Plague in India, 1896, 1897 - Volume 2
Year: 1896
Disease focus: Plague
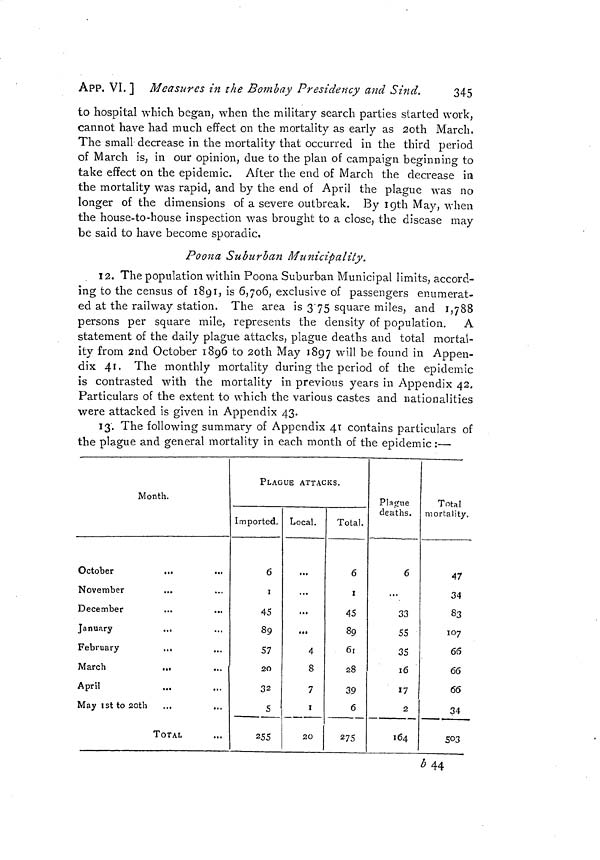
APP. VI. ] Measures in the Bombay Presidency and Sind.
345
to hospital which began, when the military search parties started work,
cannot have had much effect on the mortality as early as 2oth March,
The small decrease in the mortality that occurred in the third period
of March is, in our opinion, due to the plan of campaign beginning to
take effect on the epidemic. After the end of March the decrease in
the mortality was rapid, and by the end of April the plague was no
longer of the dimensions of a severe outbreak. By 19th May, when
the house-to-house inspection was brought to a close, the disease may
be said to have become sporadic.
Poona Suburban Municipality.
12. The population within Poona Suburban Municipal limits, accord-
ing to the census of 1891, is 6,706, exclusive of passengers enumerat-
ed at the railway station. The area is 3.75 square miles, and 1,788
persons per square mile, represents the density of population. A
statement of the daily plague attacks, plague deaths and total mortal-
ity from 2nd October 1896 to 20th May 1897 will be found in Appen-
dix 41. The monthly mortality during the period of the epidemic
is contrasted with the mortality in previous years in Appendix 42.
Particulars of the extent to which the various castes and nationalities
were attacked is given in Appendix 43.
13. The following summary of Appendix 41 contains particulars of
the plague and general mortality in each month of the epidemic :—
Month.
October
...
•..
November
December
January
February
...
March
.,,
April
May 1st to20th
TOTAL
PLAGUE ATTACKS.
Imported.
6
1
45
89
57
20
32
5
255
Local.
...
...
...
4
8
7
1
20
Total.
6
z
45
89
61
28
39
6
275
Plague
deaths.
6
...
33
55
35
16
17
2
164
Total
mortality.
47
34
83
107
66
66
66
34
503
b44